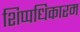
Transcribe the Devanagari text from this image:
शिप्पधिकारम